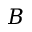
B